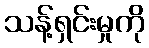
သန့်ရှင်းမှုကို